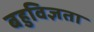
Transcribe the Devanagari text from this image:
बहुविज्ञता